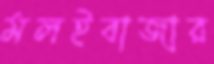
মলইবাজার